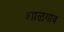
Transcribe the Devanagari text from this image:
शाळगांव